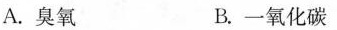
A.臭氧 B.一氧化碳